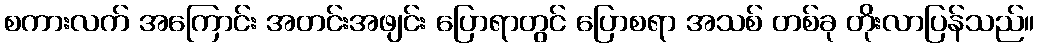
စကားလက် အကြောင်း အတင်းအဖျင်း ပြောရာတွင် ပြောစရာ အသစ် တစ်ခု တိုးလာပြန်သည်။